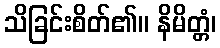
သိခြင်းစိတ်၏။ နိမိတ္တံ၊